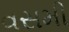
વસમી